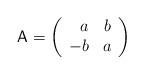
LaTeX: \begin{align*}{\sf A}=\left(\begin{array}{rr} a & b \\ -b & a\\ \end{array}\right)\end{align*}